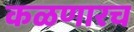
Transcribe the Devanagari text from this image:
कळणारच